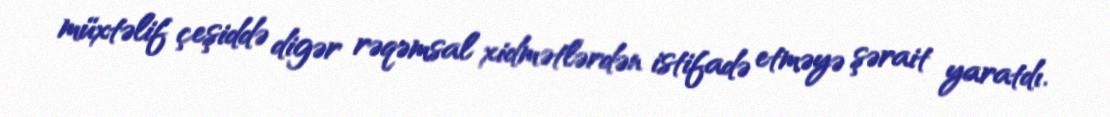
müxtəlif çeşiddə digər rəqəmsal xidmətlərdən istifadə etməyə şərait yaratdı.